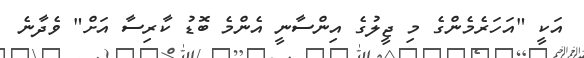
އަކީ "އަހަރެމެންގެ މި ޖީލުގެ އިންސާނީ އެންމެ ބޮޑު ކާރިސާ އަށް" ވެދާނެ